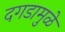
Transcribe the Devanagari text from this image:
दगडामुळे